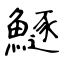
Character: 鱁